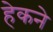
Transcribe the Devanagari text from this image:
हेकने